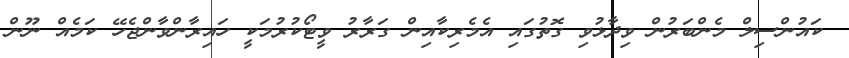
ކައުންސިލް މެންބަރުން ވިދާޅުވި ގޮތުގައި އެމެރިކާއިން ގަރާރު ވީޓޯކުރުމަކީ ހައިރާންވާންޖެހޭ ކަމެއް ނޫން